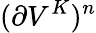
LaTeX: (\partial V^{K})^{n}